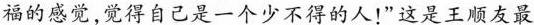
福的感觉，觉得自己是一个少不得的人!"这是王顺友最